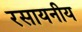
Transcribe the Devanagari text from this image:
रसायनीय